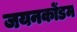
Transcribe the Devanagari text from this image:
जयनकोंडम